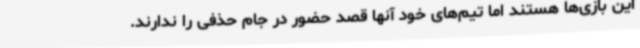
این بازی‌ها هستند اما تیم‌های خود آنها قصد حضور در جام حذفی را ندارند.